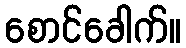
စောင်ခေါက်။